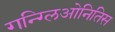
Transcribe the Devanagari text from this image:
गन्ग्लिओनितिस